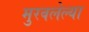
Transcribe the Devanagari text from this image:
मुरवलेल्या